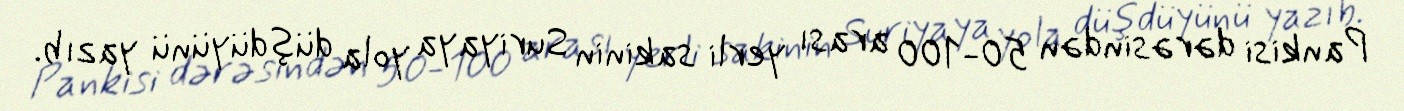
Pankisi dərəsindən 50-100 arası yerli sakinin Suriyaya yola düşdüyünü yazıb.